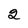
Character: 2